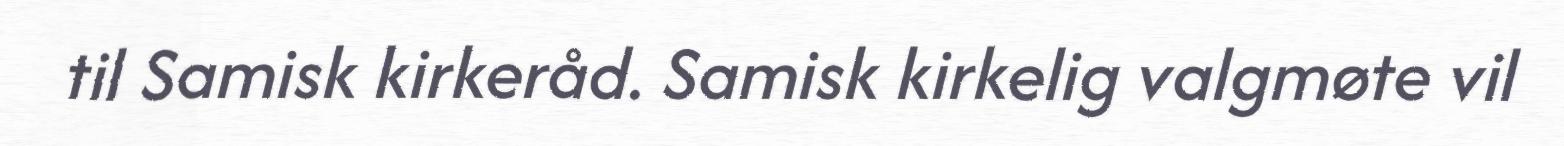
til Samisk kirkeråd. Samisk kirkelig valgmøte vil